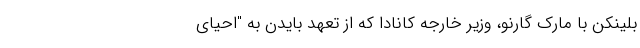
بلینکن با مارک گارنو، وزیر خارجه کانادا که از تعهد بایدن به "احیای